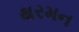
થરમન